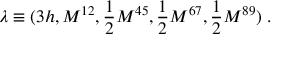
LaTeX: \lambda \equiv ( 3 h , M ^ { 1 2 } , { \frac { 1 } { 2 } } M ^ { 4 5 } , { \frac { 1 } { 2 } } M ^ { 6 7 } , { \frac { 1 } { 2 } } M ^ { 8 9 } ) \; .